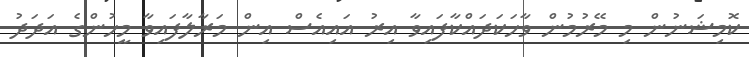
ކޮމިޝަނުން މި މޭރުމުން ވާހަކަދައްކާފައިވާ އިރު އައިއެސް އިން މަރާލާފައިވާ މީހުންގެ އަދަދު